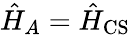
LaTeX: \hat{H}_{A}=\hat{H}_{\mathrm{CS}}